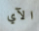
الآي